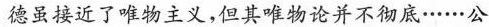
德虽接近了唯物主义，但其唯物论并不彻底……公